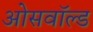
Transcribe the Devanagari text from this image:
ओसवॉल्ड